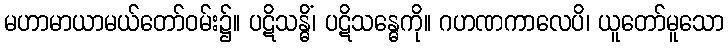
မဟာမာယာမယ်တော်ဝမ်း၌။ ပဋိသန္ဓိံ၊ ပဋိသန္ဓေကို။ ဂဟဏကာလေပိ၊ ယူတော်မူသော